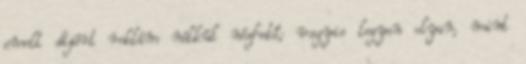
emelt díjért reklám nélkül nézhető; vagyis legyen olyan, mint